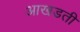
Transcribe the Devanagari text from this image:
आखडती